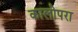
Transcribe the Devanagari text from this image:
कालोपरा